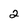
Character: 2